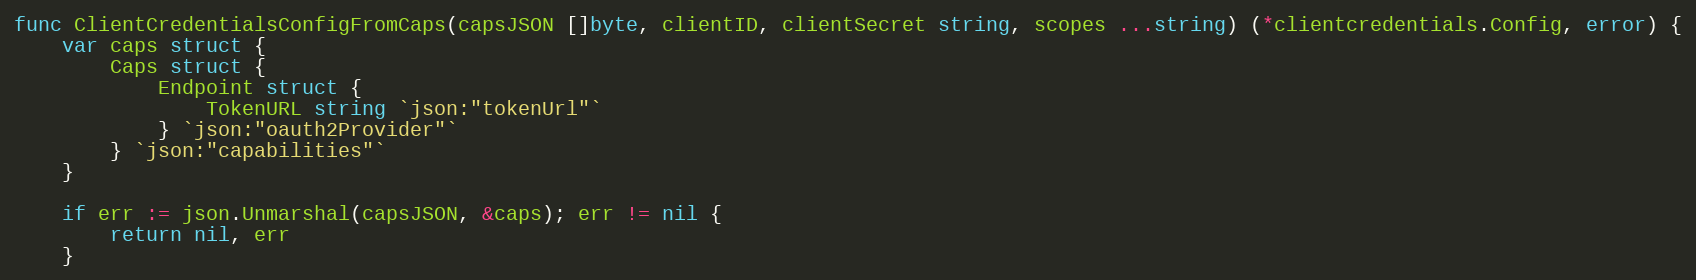
Language: Go
func ClientCredentialsConfigFromCaps(capsJSON []byte, clientID, clientSecret string, scopes ...string) (*clientcredentials.Config, error) {
	var caps struct {
		Caps struct {
			Endpoint struct {
				TokenURL string `json:"tokenUrl"`
			} `json:"oauth2Provider"`
		} `json:"capabilities"`
	}

	if err := json.Unmarshal(capsJSON, &caps); err != nil {
		return nil, err
	}